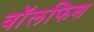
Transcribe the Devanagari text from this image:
वॉलफिश